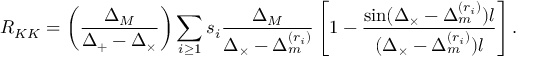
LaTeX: { \cal R } _ { K K } = \left( \frac { \Delta _ { M } } { \Delta _ { + } - \Delta _ { \times } } \right) \sum _ { i \geq 1 } s _ { i } \frac { \Delta _ { M } } { \Delta _ { \times } - \Delta _ { m } ^ { ( r _ { i } ) } } \left[ 1 - \frac { \sin ( \Delta _ { \times } - \Delta _ { m } ^ { ( r _ { i } ) } ) l } { ( \Delta _ { \times } - \Delta _ { m } ^ { ( r _ { i } ) } ) l } \right] .